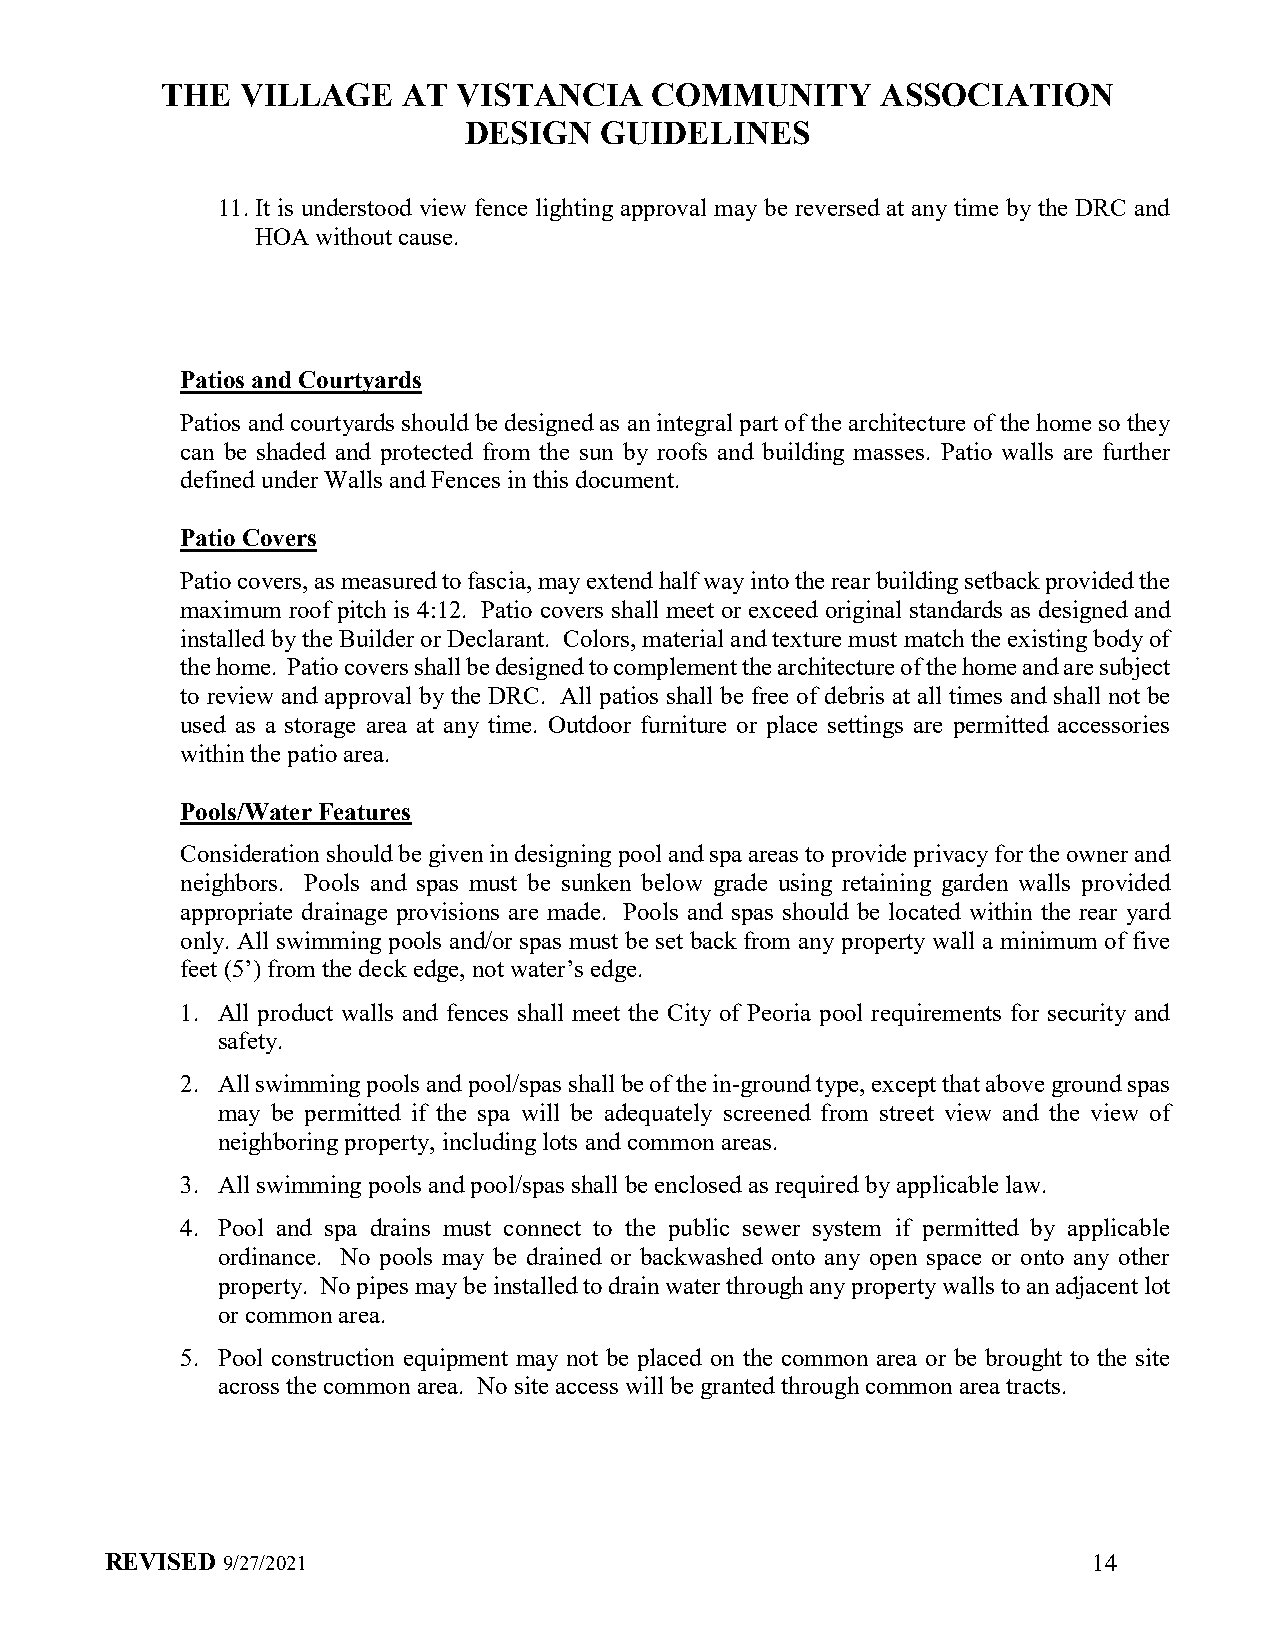
THE  VILLAGE    AT VISTANCIA    COMMUNITY      ASSOCIATION
 DESIGN   GUIDELINES
 11. It is understood view fence lighting approval may be reversed at any time by the DRC and
 HOA without cause.
 Patios and Courtyards
 Patios and courtyards should be designed as an integral part of the architecture of the home so they
 can be shaded and protected from the sun by roofs and building masses. Patio walls are further
 defined under Walls and Fences in this document.
 Patio Covers
 Patio covers, as measured to fascia, may extend half way into the rear building setback provided the
 maximum roof pitch is 4:12. Patio covers shall meet or exceed original standards as designed and
 installed by the Builder or Declarant. Colors, material and texture must match the existing body of
 the home. Patio covers shall be designed to complement the architecture of the home and are subject
 to review and approval by the DRC. All patios shall be free of debris at all times and shall not be
 used as a storage area at any time. Outdoor furniture or place settings are permitted accessories
 within the patio area.
 Pools/Water Features
 Consideration should be given in designing pool and spa areas to provide privacy for the owner and
 neighbors. Pools and spas must be sunken below grade using retaining garden walls provided
 appropriate drainage provisions are made. Pools and spas should be located within the rear yard
 only. All swimming pools and/or spas must be set back from any property wall a minimum of five
 feet (5’) from the deck edge, not water’s edge.
 1. All product walls and fences shall meet the City of Peoria pool requirements for security and
 safety.
 2. All swimming pools and pool/spas shall be of the in-ground type, except that above ground spas
 may be permitted if the spa will be adequately screened from street view and the view of
 neighboring property, including lots and common areas.
 3. All swimming pools and pool/spas shall be enclosed as required by applicable law.
 4. Pool and spa drains must connect to the public sewer system if permitted by applicable
 ordinance. No pools may be drained or backwashed onto any open space or onto any other
 property. No pipes may be installed to drain water through any property walls to an adjacent lot
 or common area.
 5. Pool construction equipment may not be placed on the common area or be brought to the site
 across the common area. No site access will be granted through common area tracts.
 REVISED 9/27/2021                                                14